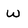
Character: W